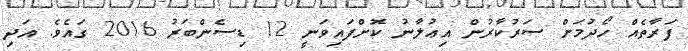
ފަރާތެއް ހޯދުމަށް ސަރުކާރުން އިޢުލާނު ކޮށްފައިވަނީ 12 ޑިސެންބަރު 2016 ގައެވެ. އަދި